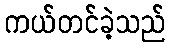
ကယ်တင်ခဲ့သည်